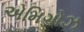
એમિગોઝ